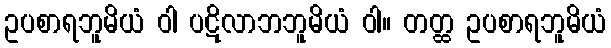
ဥပစာရဘူမိယံ ဝါ ပဋိလာဘဘူမိယံ ဝါ။ တတ္ထ ဥပစာရဘူမိယံ